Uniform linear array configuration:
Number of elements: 24
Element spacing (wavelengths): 0.25
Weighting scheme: blackman
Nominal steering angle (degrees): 60
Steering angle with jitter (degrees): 61.101
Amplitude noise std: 0.05
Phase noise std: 0.05

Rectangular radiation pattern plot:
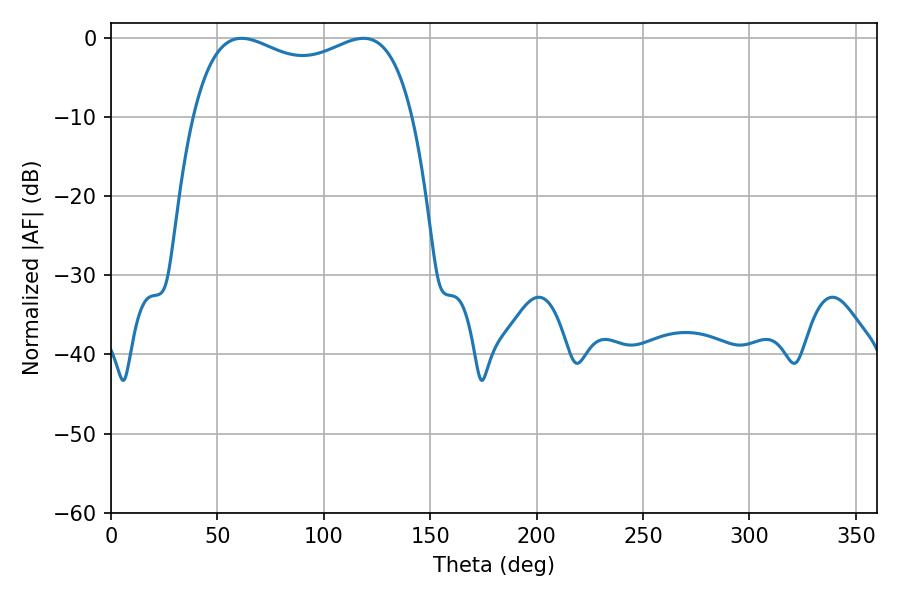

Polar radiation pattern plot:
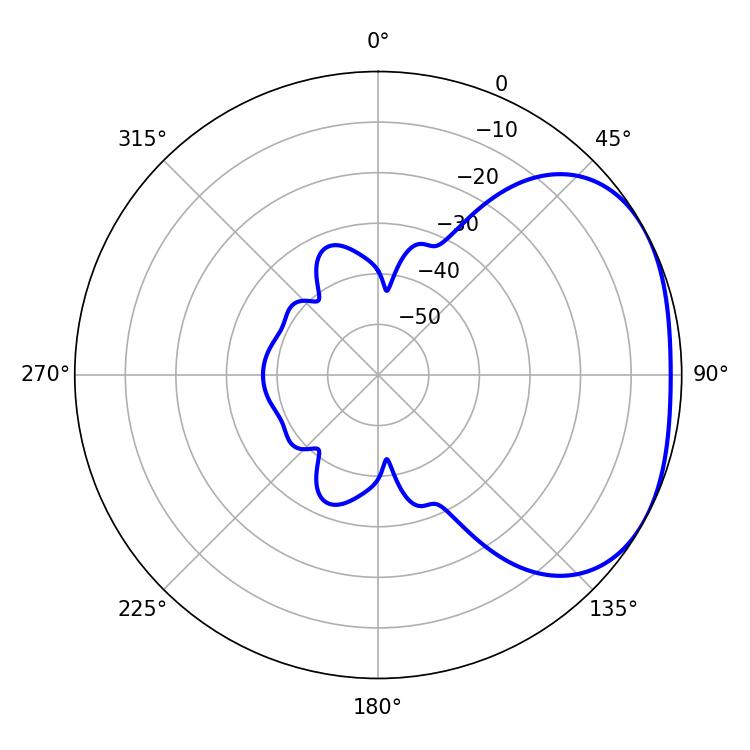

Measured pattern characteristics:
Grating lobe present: FALSE
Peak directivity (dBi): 2.448
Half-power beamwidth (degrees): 85.32
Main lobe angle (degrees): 61.38